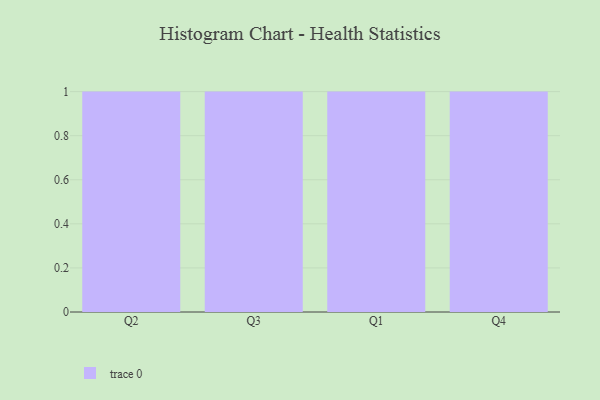
{"axis": {"x": "Quarter", "y": "Latency (ms)"}, "legend": [""], "data": [{"x": "Q2", "y": 34, "type": ""}, {"x": "Q3", "y": 52, "type": ""}, {"x": "Q1", "y": 68, "type": ""}, {"x": "Q4", "y": 6, "type": ""}]}